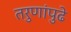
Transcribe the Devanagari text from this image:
तरुणांपुढे